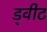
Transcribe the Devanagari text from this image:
ड्वीट